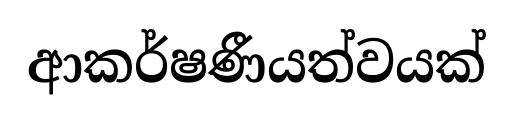
ආකර්ෂණීයත්වයක්